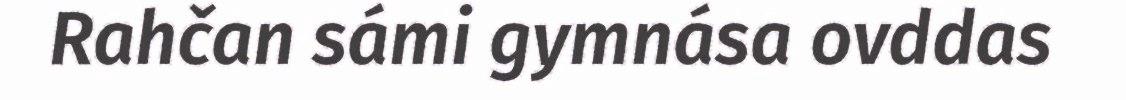
Rahčan sámi gymnása ovddas